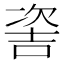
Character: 𠸆